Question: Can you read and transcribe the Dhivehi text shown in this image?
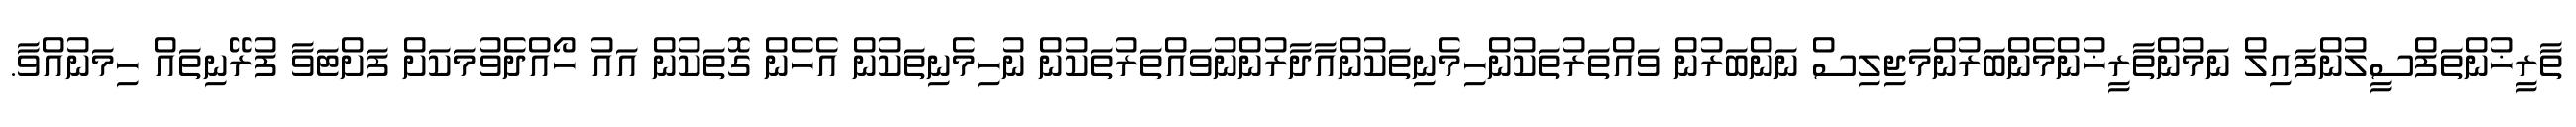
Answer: ތާރީޚުންތަފްސީލުންފައިލް ނަމުންތާރީޚުންމެންބަރުންމަޖިލިސް ނަންބަރުން ވައްތަރުތަކުންހިމެނިތަކުންއާދާރުންނުވައްތަރުތަކުން ނުހިމެނިތަކުން އެހެން ގޮތަކުން އައު ހޯއްދެވުމަކަށް ފަށްޓަވާ ފުރޭނިތައް ހިމަނުއްވާ.